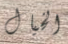
الخيال